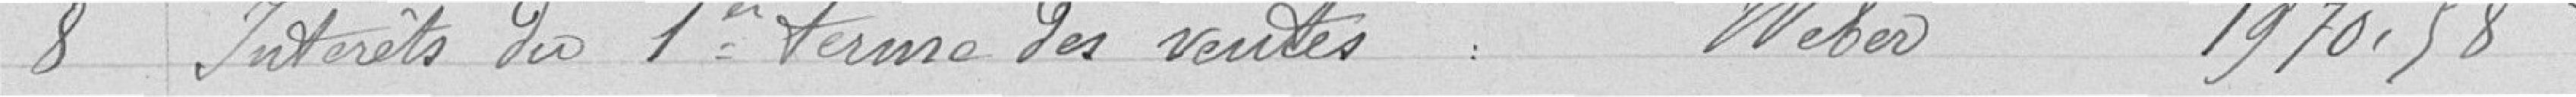
8 Intérêts du 1er terme des ventes Weber 1970,58